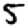
Digit: 5